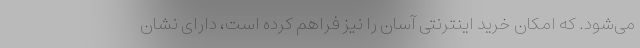
می‌شود. که امکان خرید اینترنتی آسان را نیز فراهم کرده است، دارای نشان